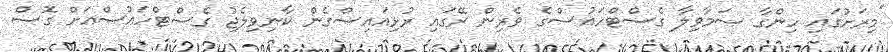
"މިރަށުގައި ހިންގާ ސަމާވިލާ ގެސްޓްހައުސްގެ ވެރިން ރޭގައި ރުޅިއައިސްގެން ކާނިވިލެޖު ގެސްޓްހައުސްއަށް ގޮސް